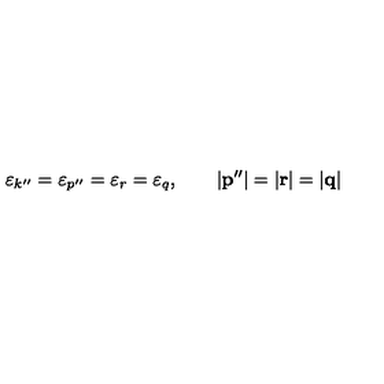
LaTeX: \varepsilon _ { k ^ { \prime \prime } } = \varepsilon _ { p ^ { \prime \prime } } = \varepsilon _ { r } = \varepsilon _ { q } , \qquad \left| { \bf p } ^ { \prime \prime } \right| = \left| { \bf r } \right| = \left| { \bf q } \right|